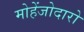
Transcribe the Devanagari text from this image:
मोहेंजोदारो